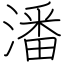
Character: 潘